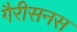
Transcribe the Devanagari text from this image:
गैरीसनस